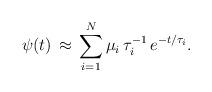
LaTeX: \begin{align*}\psi(t) \, \approx \, \sum\limits_{i=1}^N \mu_{i}\,\tau_{i}^{-1}\,e^{-t/\tau_{i}}.\end{align*}